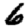
Digit: 6